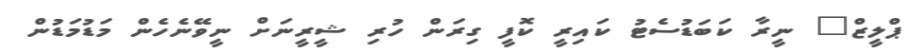
ޕްލީޒް" ނީރާ ކަބަޑުސެޓު ކައިރީ ކޮފީ ގިރަން ހުރި ޝީރީނަށް ނީވޭނެހެން މަޑުމަޑުން